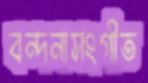
বন্দনাসংগীত